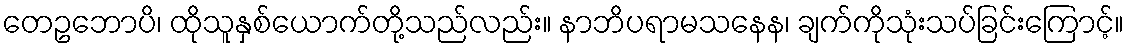
တေဥဘောပိ၊ ထိုသူနှစ်ယောက်တို့သည်လည်း။ နာဘိပရာမသနေန၊ ချက်ကိုသုံးသပ်ခြင်းကြောင့်။